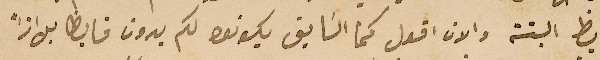
فايظ البتة والان اقول كما السَابق يكونو لكم بدون فايظ بل اذاً